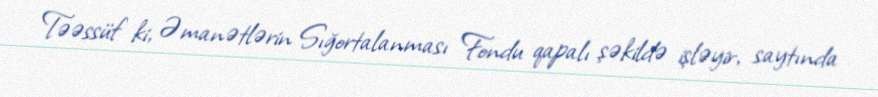
Təəssüf ki, Əmanətlərin Sığortalanması Fondu qapalı şəkildə işləyir, saytında